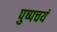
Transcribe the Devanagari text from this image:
पुष्पचयं